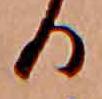
る